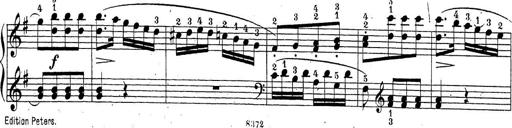
Title: Sonatina Album
Composer: Louis KÃ¶hler